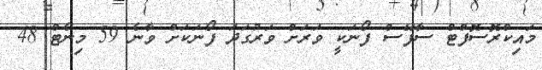
މައިކްރޮސޮފްޓް ސާފޭސް ފޯނަކީ ވަރަށް ވަރުގަދަ ފޯނަކަށް ވާނެ 59 މިނެޓް 48